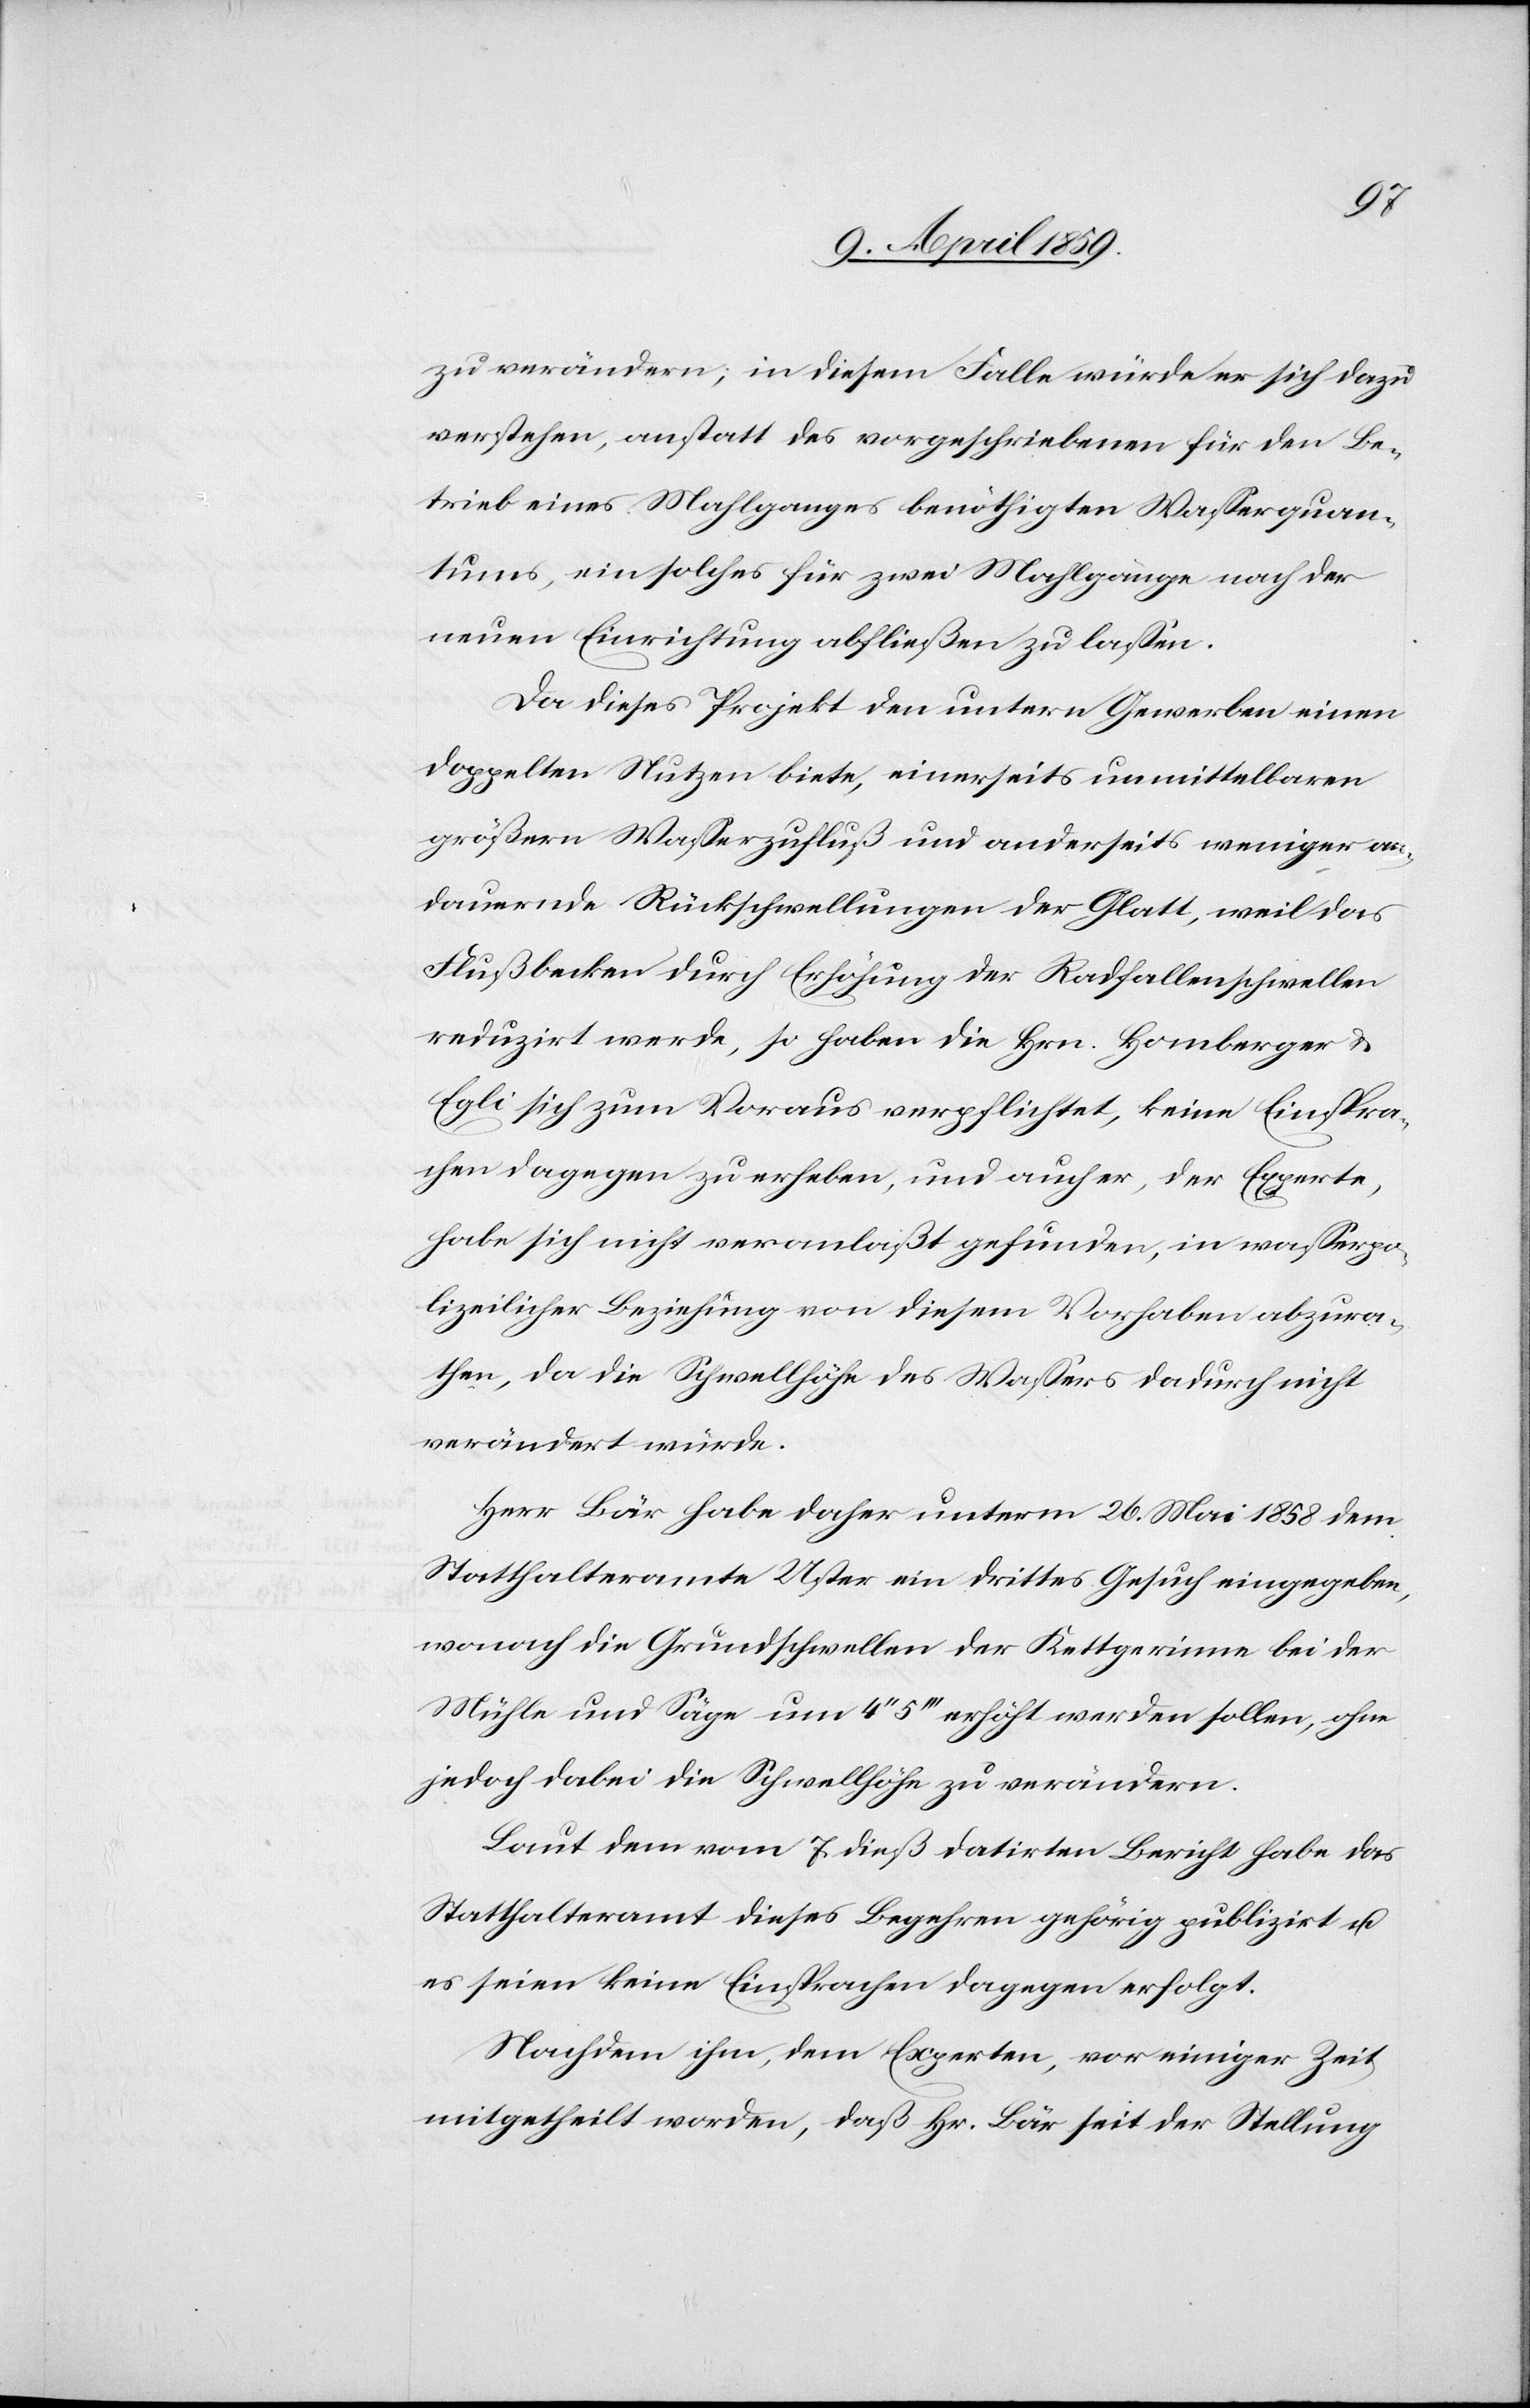
zu verändern; in diesem Falle würde er sich dazu
verstehen, anstatt des vorgeschriebenen für den Be¬
trieb eines Mahlganges benöthigten Waßerquan¬
tums, ein solches für zwei Mahlgänge nach der
neuen Einrichtung abfließen zu laßen.
Da dieses Projekt den untern Gewerben einen
doppelten Nutzen biete, einerseits unmittelbaren
größern Waßerzufluß und anderseits weniger an¬
dauernde Rückschwellungen der Glatt, weil das
Flußbecken durch Erhöhung der Radfallenschwellen
reduzirt werde, so haben die Hrn. Homberger u.
Egli sich zum Voraus verpflichtet, keine Einspra¬
chen dagegen zu erheben, und auch er, der Experte,
habe sich nicht veranlaßt gefunden, in waßerpo¬
lizeilicher Beziehung von diesem Vorhaben abzura¬
then, da die Schwellhöhe des Waßers dadurch nicht
verändert würde.
Herr Bär habe daher unterm 26. Mai 1858 dem
Statthalteramte Uster ein drittes Gesuch eingegeben,
wonach die Grundschwellen der Kettgerinne bei der
Mühle und Säge um 4‘‘ 5‘‘‘ erhöht werden sollen, ohne
jedoch dabei die Schwellhöhe zu verändern.
Laut dem vom 7. dieß datirten Bericht habe das
Statthalteramt dieses Begehren gehörig publizirt u.
es seien keine Einsprachen dagegen erfolgt.
Nachdem ihm, dem Experten, vor einiger Zeit
mitgetheilt worden, daß Hr. Bär seit der Stellung